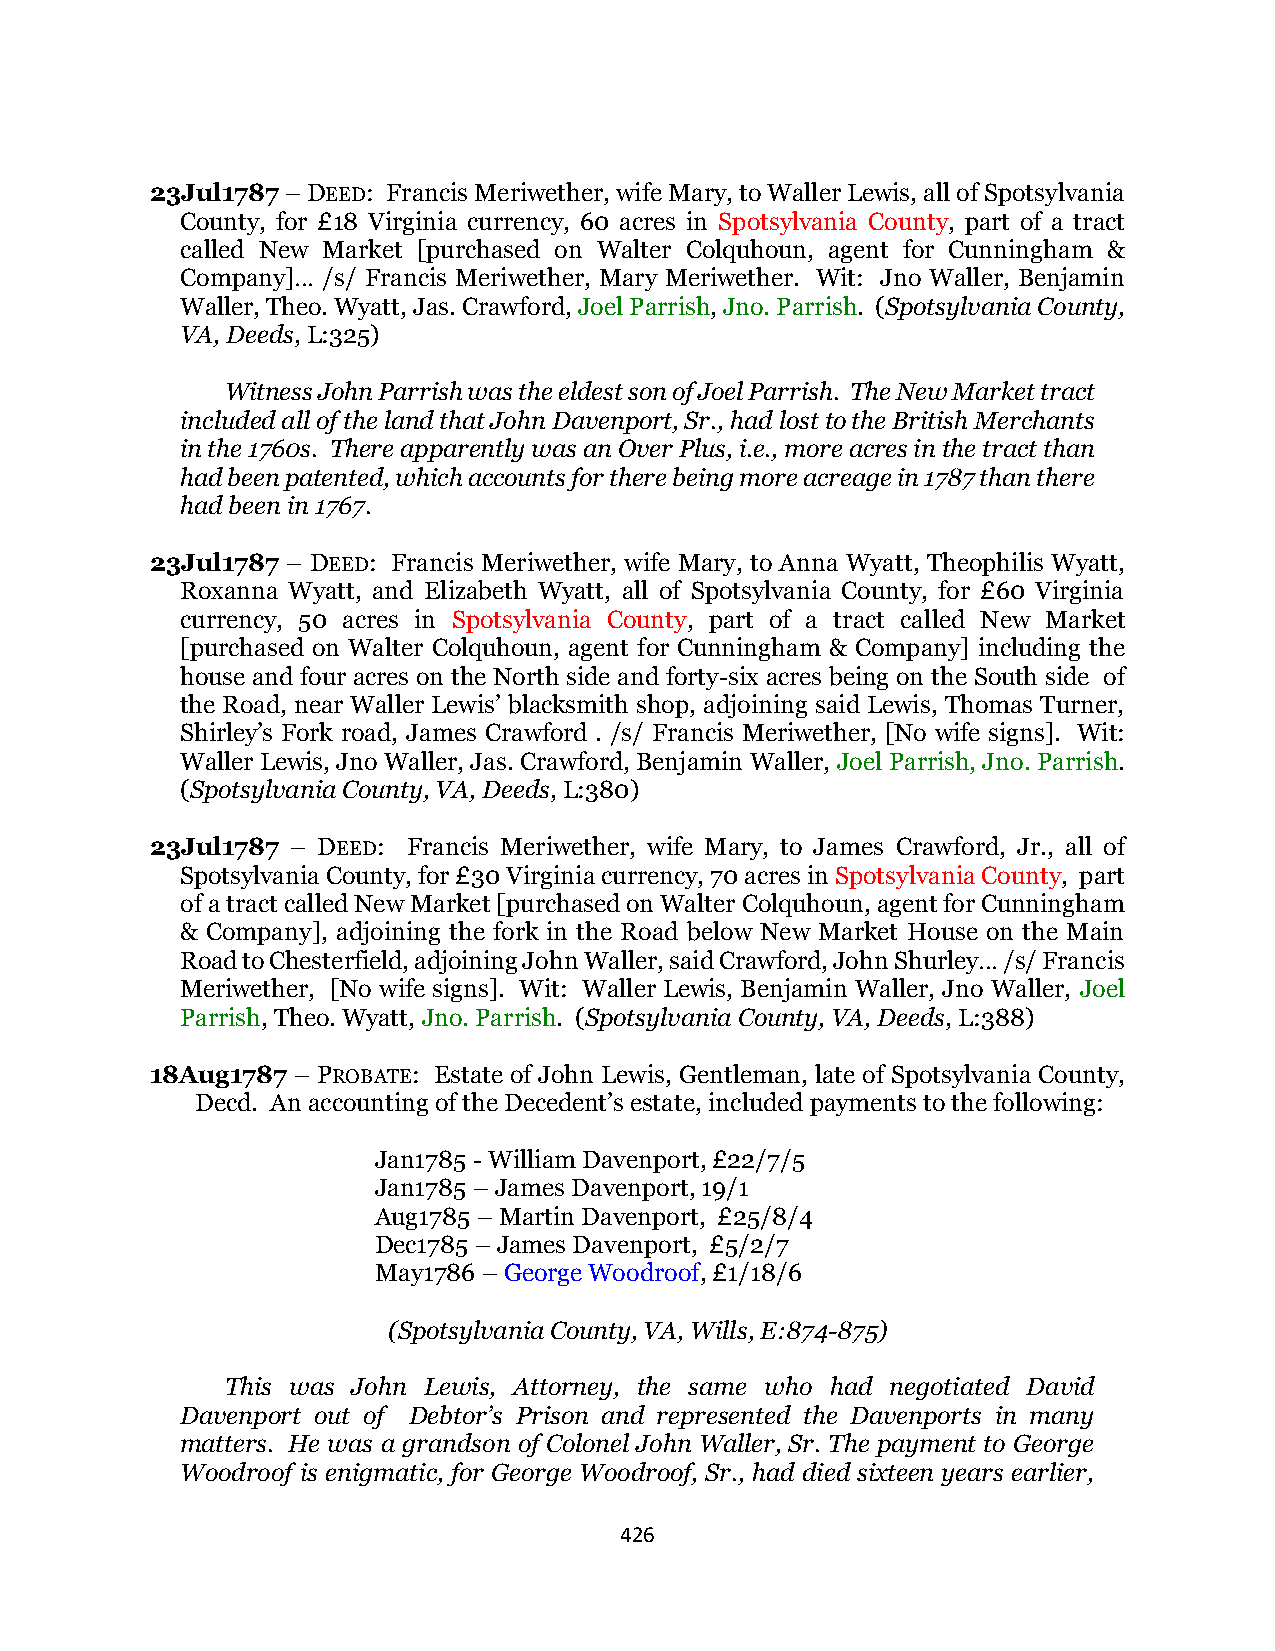
23Jul1787 – DEED: Francis Meriwether, wife Mary, to Waller Lewis, all of Spotsylvania
 County, for £18 Virginia currency, 60 acres in Spotsylvania County, part of a tract
 called New Market [purchased on Walter Colquhoun, agent for Cunningham &
 Company]… /s/ Francis Meriwether, Mary Meriwether. Wit: Jno Waller, Benjamin
 Waller, Theo. Wyatt, Jas. Crawford, Joel Parrish, Jno. Parrish. (Spotsylvania County,
 VA, Deeds, L:325)
 Witness John Parrish was the eldest son of Joel Parrish. The New Market tract
 included all of the land that John Davenport, Sr., had lost to the British Merchants
 in the 1760s. There apparently was an Over Plus, i.e., more acres in the tract than
 had been patented, which accounts for there being more acreage in 1787 than there
 had been in 1767.
 23Jul1787 – DEED: Francis Meriwether, wife Mary, to Anna Wyatt, Theophilis Wyatt,
 Roxanna Wyatt, and Elizabeth Wyatt, all of Spotsylvania County, for £60 Virginia
 currency, 50 acres in Spotsylvania County, part of a tract called New Market
 [purchased on Walter Colquhoun, agent for Cunningham & Company] including the
 house and four acres on the North side and forty-six acres being on the South side of
 the Road, near Waller Lewis’ blacksmith shop, adjoining said Lewis, Thomas Turner,
 Shirley’s Fork road, James Crawford . /s/ Francis Meriwether, [No wife signs]. Wit:
 Waller Lewis, Jno Waller, Jas. Crawford, Benjamin Waller, Joel Parrish, Jno. Parrish.
 (Spotsylvania County, VA, Deeds, L:380)
 23Jul1787 – DEED: Francis Meriwether, wife Mary, to James Crawford, Jr., all of
 Spotsylvania County, for £30 Virginia currency, 70 acres in Spotsylvania County, part
 of a tract called New Market [purchased on Walter Colquhoun, agent for Cunningham
 & Company], adjoining the fork in the Road below New Market House on the Main
 Road to Chesterfield, adjoining John Waller, said Crawford, John Shurley… /s/ Francis
 Meriwether, [No wife signs]. Wit: Waller Lewis, Benjamin Waller, Jno Waller, Joel
 Parrish, Theo. Wyatt, Jno. Parrish. (Spotsylvania County, VA, Deeds, L:388)
 18Aug1787 – PROBATE: Estate of John Lewis, Gentleman, late of Spotsylvania County,
 Decd. An accounting of the Decedent’s estate, included payments to the following:
 Jan1785 - William Davenport, £22/7/5
 Jan1785 – James Davenport, 19/1
 Aug1785 – Martin Davenport, £25/8/4
 Dec1785 – James Davenport, £5/2/7
 May1786 – George Woodroof, £1/18/6
 (Spotsylvania County, VA, Wills, E:874-875)
 This was John Lewis, Attorney, the same who had negotiated David
 Davenport out of Debtor’s Prison and represented the Davenports in many
 matters. He was a grandson of Colonel John Waller, Sr. The payment to George
 Woodroof is enigmatic, for George Woodroof, Sr., had died sixteen years earlier,
 426